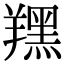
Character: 𦏉